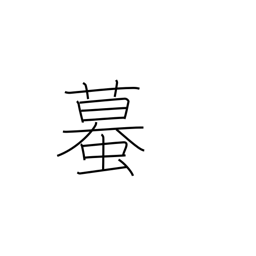
Meaning: toad